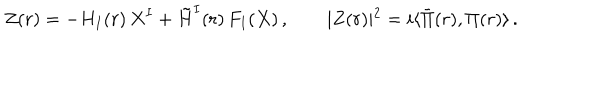
Z ( r ) = - H _ { I } ( r ) \, X ^ { I } + \tilde { H } ^ { I } ( r ) \, F _ { I } ( X ) \, , \qquad \vert Z ( r ) \vert ^ { 2 } = i \langle \bar { \Pi } ( r ) , \Pi ( r ) \rangle \, .